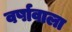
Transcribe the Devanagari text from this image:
वर्षावाला